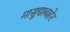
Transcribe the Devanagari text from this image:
मासुद्याबाहेर